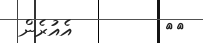
٩٢         އެއުރެން